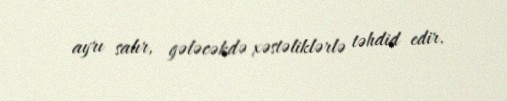
ayrı salır, gələcəkdə xəstəliklərlə təhdid edir.